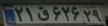
۲۱ق۶۲۶۲۹